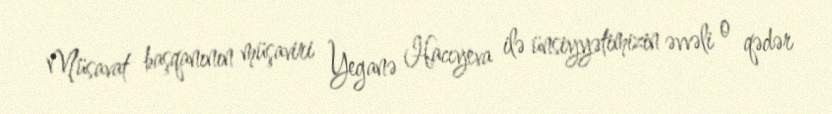
Müsavat başqanının müşaviri Yeganə Hacıyeva ilə ünsiyyətimizin əvvəli o qədər